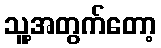
သူ့အတွက်တော့